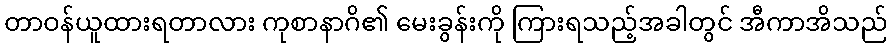
တာဝန်ယူထားရတာလား ကုစာနာဂိ၏ မေးခွန်းကို ကြားရသည့်အခါတွင် အီကာအိသည်